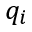
q _ { i }